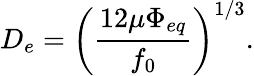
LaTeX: D_{e}=\left(\frac{12\mu\Phi_{eq}}{f_{0}}\right)^{1/3}.